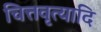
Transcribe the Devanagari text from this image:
चित्तवृत्यादि